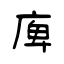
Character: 庳